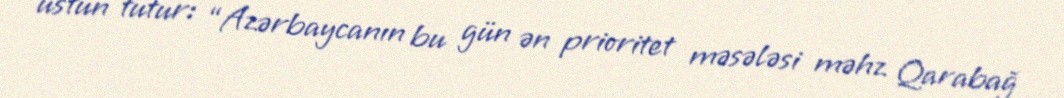
üstün tutur: “Azərbaycanın bu gün ən prioritet məsələsi məhz Qarabağ